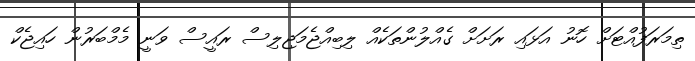
ތިމަރަފުއްޓަށް ހޮނު އަޅައި ރަށަށް ގެއްލުންތަކެއް ލިބިއްޖެމަޖިލިސް ރައީސް ވަނީ މެމްބަރުން ހައިޖެކް